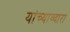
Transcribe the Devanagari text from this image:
यांच्याव्दारा